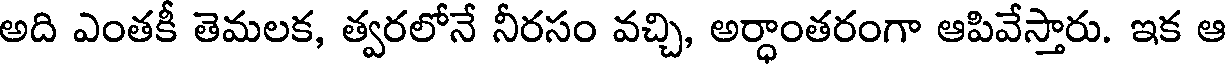
అది ఎంతకీ తెమలక, త్వరలోనే నీరసం వచ్చి, అర్ధాంతరంగా ఆపివేస్తారు. ఇక ఆ